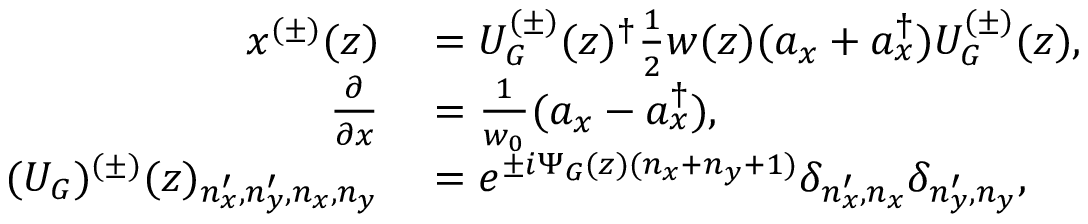
\begin{array} { r l } { x ^ { ( \pm ) } ( z ) } & { { } = U _ { G } ^ { ( \pm ) } ( z ) ^ { \dag } \frac { 1 } { 2 } w ( z ) ( a _ { x } + a _ { x } ^ { \dag } ) U _ { G } ^ { ( \pm ) } ( z ) , } \\ { \frac { \partial } { \partial x } } & { { } = \frac { 1 } { w _ { 0 } } ( a _ { x } - a _ { x } ^ { \dag } ) , } \\ { ( U _ { G } ) ^ { ( \pm ) } ( z ) _ { n _ { x } ^ { \prime } , n _ { y } ^ { \prime } , n _ { x } , n _ { y } } } & { { } = e ^ { \pm i \Psi _ { G } ( z ) ( n _ { x } + n _ { y } + 1 ) } \delta _ { n _ { x } ^ { \prime } , n _ { x } } \delta _ { n _ { y } ^ { \prime } , n _ { y } } , } \end{array}